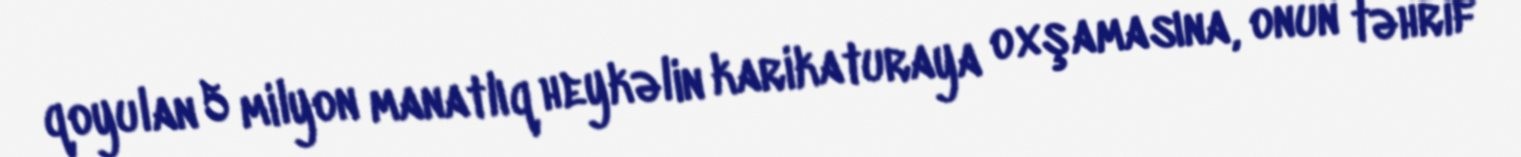
qoyulan 5 milyon manatlıq heykəlin karikaturaya oxşamasına, onun təhrif